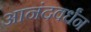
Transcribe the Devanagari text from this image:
आनंदवर्धंन